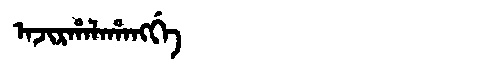
Manchu: ᠠᠵᡳᡵᡥᠠᠯᠠᡥᠠᠩᡤᡝ
Romanization: AJIRHALAHANGGE